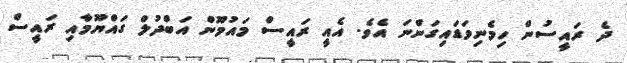
ދެ ރައީސުން ހިމެނިވަޑައިގަންނަ އެވެ. އެއީ ރައީސް މައުމޫން އަބްދުލް ގައްޔޫމާއި ރައީސް